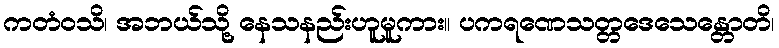
ကတံဝသိ၊ အဘယ်သို့ နေသနည်းဟူမူကား။ ပကရဏေသတ္တဒေသေန္တောတိ၊